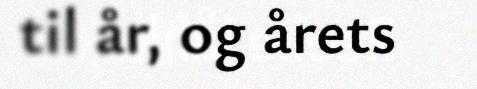
til år, og årets